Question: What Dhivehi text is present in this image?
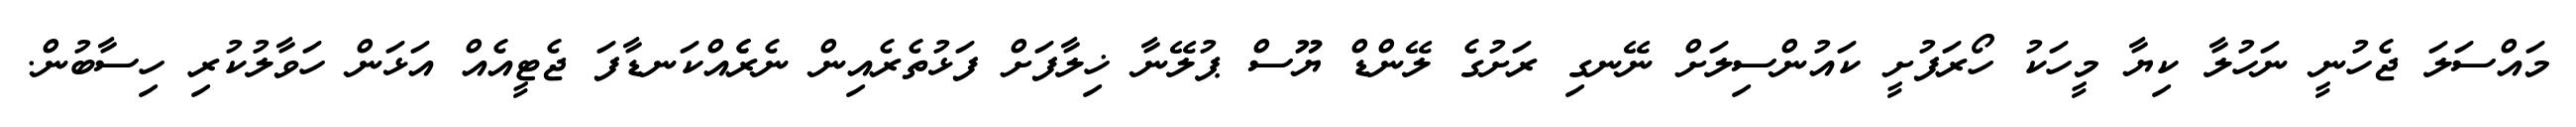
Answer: މައްސަލަ ޖެހުނީ ނަހުލާ ކިޔާ މީހަކު ހޯރަފުށީ ކައުންސިލަށް ނޭނގި ރަށުގެ ލޭންޑް ޔޫސް ޕުލޭނާ ޚިލާފަށް ފަޅުތެރެއިން ނެރެެއްކަނޑާފަ ޖެޓީއެއް އަޅަން ހަވާލުކުރި ހިސާބުން.